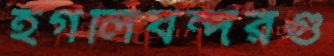
হগলিবন্দরগু